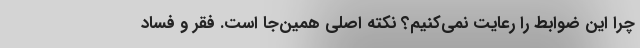
چرا اين ضوابط را رعايت نمي‌كنيم؟ نكته اصلي همين‌جا است. فقر و فساد